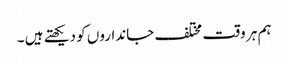
ہم ہر وقت مختلف جانداروں کو دیکھتے ہیں ۔